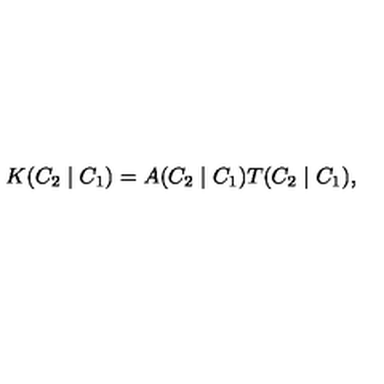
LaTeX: K ( C _ { 2 } \mid C _ { 1 } ) = A ( C _ { 2 } \mid C _ { 1 } ) T ( C _ { 2 } \mid C _ { 1 } ) ,